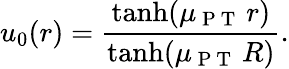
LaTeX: u_{0}(r)=\frac{\operatorname{tanh}(\mu_{\mathrm{~P~T~}}\, r)}{\operatorname{tanh}(\mu_{\mathrm{~P~T~}}\, R)}.